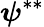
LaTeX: \boldsymbol{\psi}^{**}